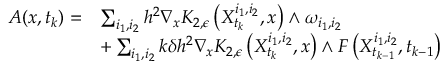
\begin{array} { r l } { A ( x , t _ { k } ) = } & { \sum _ { i _ { 1 } , i _ { 2 } } h ^ { 2 } \nabla _ { x } K _ { 2 , \epsilon } \left( X _ { t _ { k } } ^ { i _ { 1 } , i _ { 2 } } , x \right) \wedge \omega _ { i _ { 1 } , i _ { 2 } } } \\ & { + \sum _ { i _ { 1 } , i _ { 2 } } k \delta h ^ { 2 } \nabla _ { x } K _ { 2 , \epsilon } \left( X _ { t _ { k } } ^ { i _ { 1 } , i _ { 2 } } , x \right) \wedge F \left( X _ { t _ { k - 1 } } ^ { i _ { 1 } , i _ { 2 } } , t _ { k - 1 } \right) } \end{array}